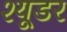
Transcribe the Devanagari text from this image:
श्यूडर